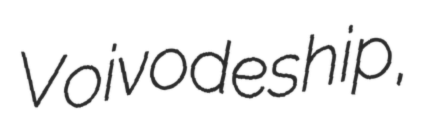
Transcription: Voivodeship,